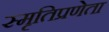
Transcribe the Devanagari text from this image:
स्मृतिप्रणेता